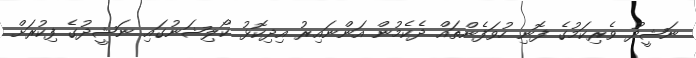
ނަޝީދު ވެރިކަމުގެ ފޮނި ހުވަފެންތައް ދެކެމުން އަންނައިރު އިދިކޮޅު ކޯލިޝަނުގައި ނަޝީދުގެ ފިކުރަށް